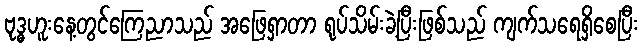
ဗုဒ္ဓဟူးနေ့တွင်ကြေညာသည် အဖြေရှာတာ ရုပ်သိမ်းခဲ့ပြီးဖြစ်သည် ကျက်သရေရှိစေပြီး